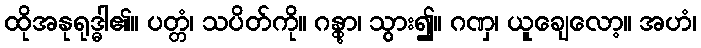
ထိုအနုရုဒ္ဓါ၏။ ပတ္တံ၊ သပိတ်ကို။ ဂန္တွာ၊ သွား၍။ ဂဏှ၊ ယူချေလော့။ အဟံ၊